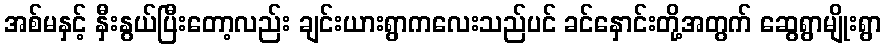
အစ်မနှင့် နှီးနွယ်ပြီးတော့လည်း ချင်းယားရွာကလေးသည်ပင် ခင်နှောင်းတို့အတွက် ဆွေရွာမျိုးရွာ